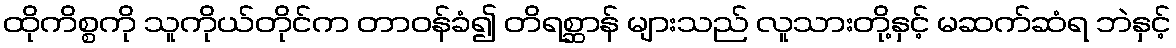
ထိုကိစ္စကို သူကိုယ်တိုင်က တာဝန်ခံ၍ တိရစ္ဆာန် များသည် လူသားတို့နှင့် မဆက်ဆံရ ဘဲနှင့်